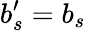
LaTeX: b_{s}^{\prime}=b_{s}